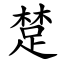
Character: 䠂